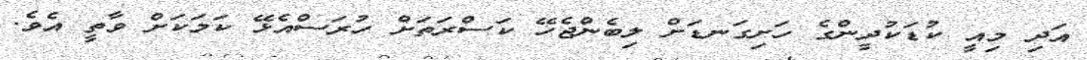
އަދި މިއީ ކުޑަކުދީންގެ ހަށިގަނޑަށް ލިބެންޖެހޭ ކަސްރަތަށް ހުރަސްއެޅޭ ކަމަކަށް ވާތީ އެވެ.